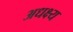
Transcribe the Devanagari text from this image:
अधक्ष्य